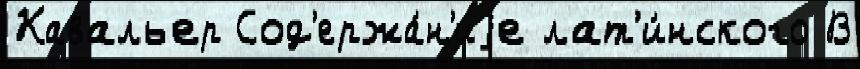
Кавальер Сод'ержа́н'иjе лат'и́нского В